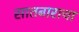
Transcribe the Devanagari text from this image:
सातबाराचा